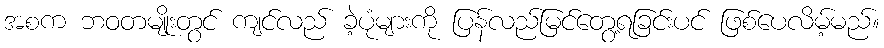
အစက ဘဝတမျိုးတွင် ကျင်လည် ခဲ့ပုံများကို ပြန်လည်မြင်တွေ့ရခြင်းပင် ဖြစ်ပေလိမ့်မည်။